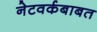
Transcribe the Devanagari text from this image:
नेटवर्कबाबत